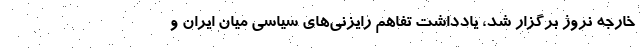
خارجه نروژ برگزار شد، یادداشت تفاهم رایزنی‌های سیاسی میان ایران و